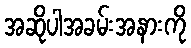
အဆိုပါအခမ်းအနားကို